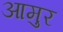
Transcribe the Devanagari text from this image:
आमुर